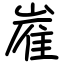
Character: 嵟